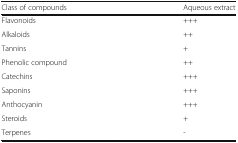
| Class of compounds | Aqueous extract |
 | --- | --- |
 | Flavonoids | +++ |
 | Alkaloids | ++ |
 | Tannins | + |
 | Phenolic compound | ++ |
 | Catechins | +++ |
 | Saponins | +++ |
 | Anthocyanin | +++ |
 | Steroids | + |
 | Terpenes | - |